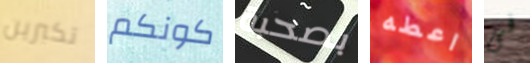
تكبرين كونكم بصحبة اعطه فى